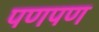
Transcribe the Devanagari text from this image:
पणपण